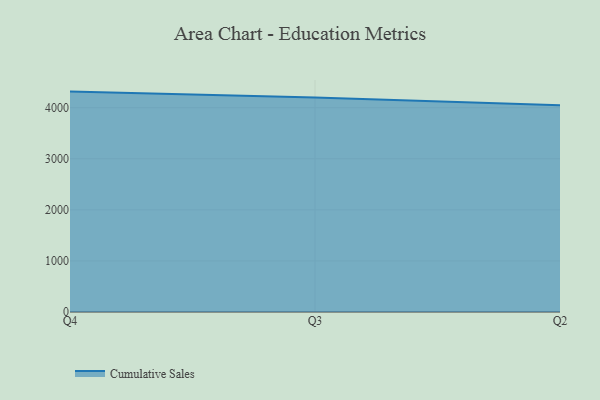
{"axis": {"x": "Quarter", "y": "Budget (USD K)"}, "legend": ["Cumulative Sales"], "data": [{"x": "Q4", "y": 4315.5, "type": "Cumulative Sales"}, {"x": "Q3", "y": 4202.3, "type": "Cumulative Sales"}, {"x": "Q2", "y": 4049.7, "type": "Cumulative Sales"}]}